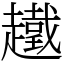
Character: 䟈